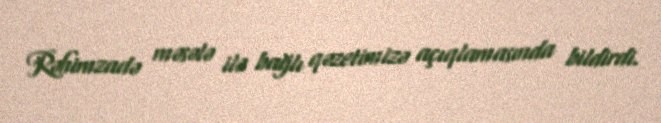
Rəhimzadə məsələ ilə bağlı qəzetimizə açıqlamasında bildirdi.